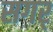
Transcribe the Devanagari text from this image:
सगर्